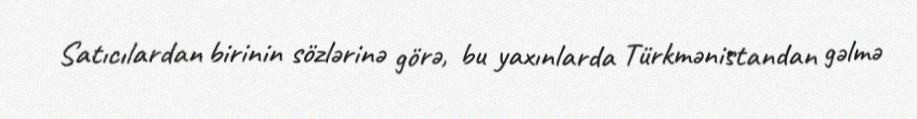
Satıcılardan birinin sözlərinə görə, bu yaxınlarda Türkmənistandan gəlmə